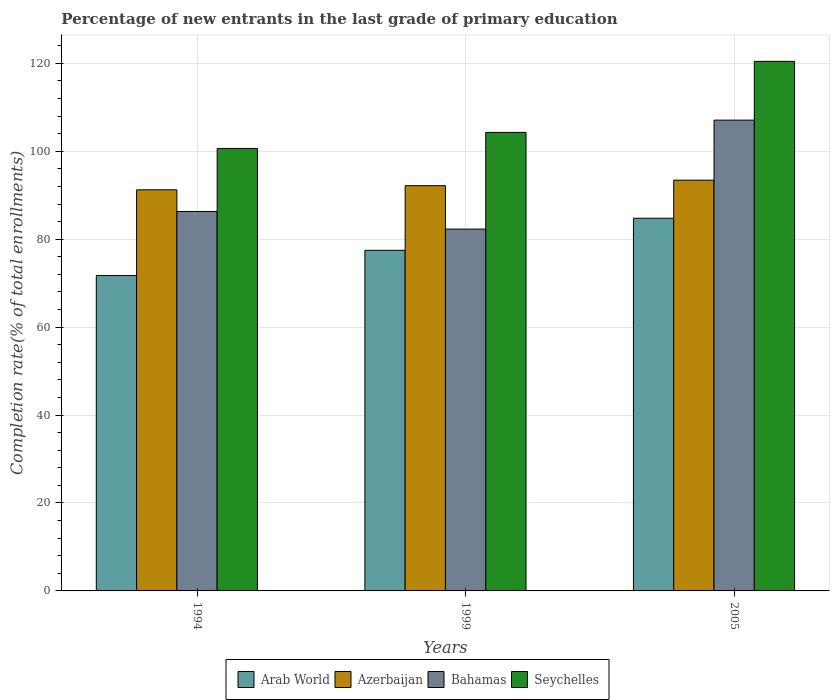
| Years | Arab World | Azerbaijan | Bahamas | Seychelles |
 | --- | --- | --- | --- | --- |
 | 1994 | 71.7 | 91.2 | 86.3 | 101 |
 | 1999 | 77.5 | 92.2 | 82.3 | 104 |
 | 2005 | 84.8 | 93.4 | 107 | 120 |